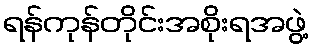
ရန်ကုန်တိုင်းအစိုးရအဖွဲ့